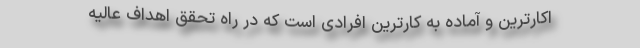
اکارترین و آماده به کارترین افرادی است که در راه تحقق اهداف عالیه